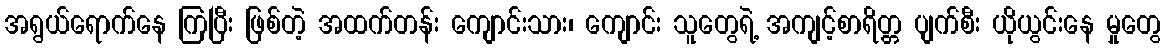
အရွယ်ရောက်နေ ကြပြီး ဖြစ်တဲ့ အထက်တန်း ကျောင်းသား၊ ကျောင်း သူတွေရဲ့ အကျင့်စာရိတ္တ ပျက်စီး ယိုယွင်းနေ မှုတွေ